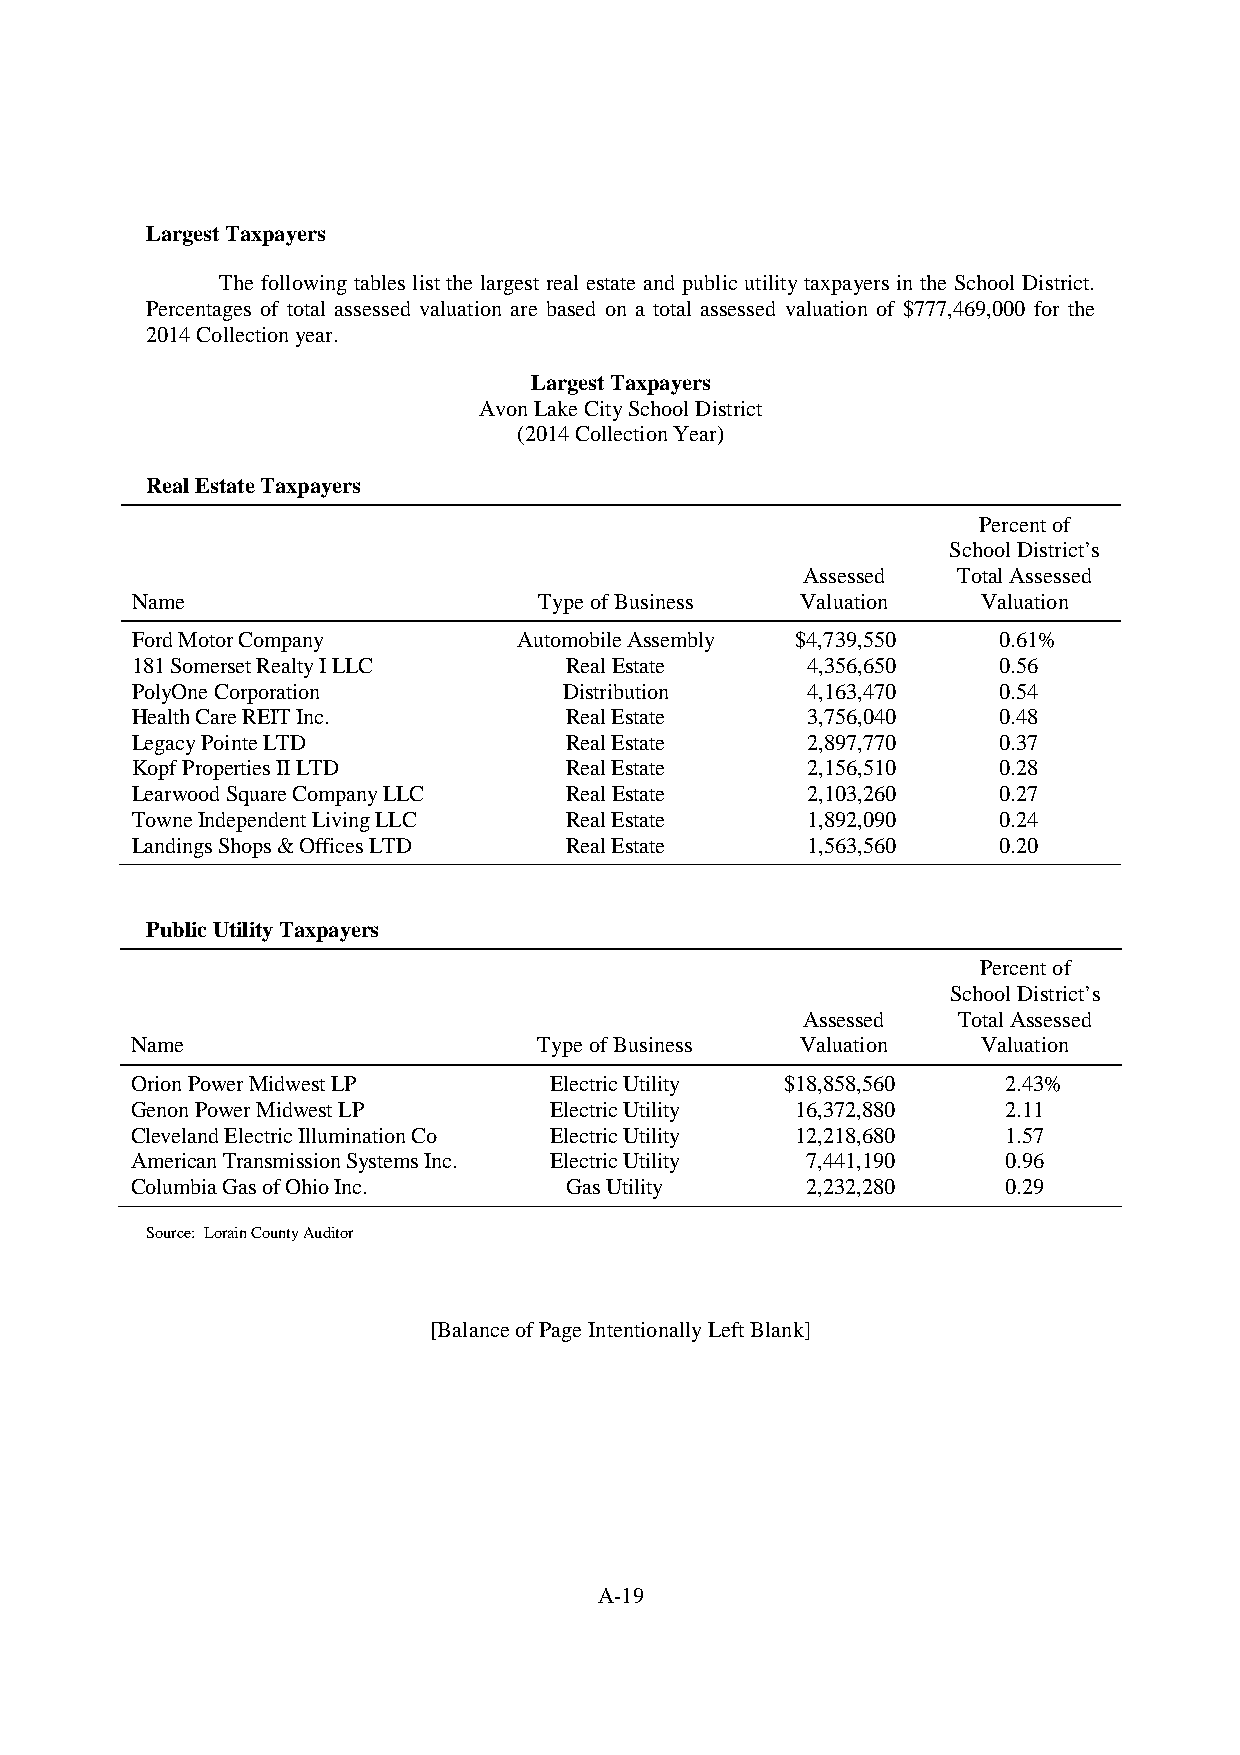
LargestTaxpayers
 The following tables list the largest real estate and public utilitytaxpayers in the School District.
 Percentages of total assessed valuation are based on a total assessed valuation of $777,469,000 for the
 2014Collectionyear.
 LargestTaxpayers
 AvonLakeCitySchoolDistrict
 (2014CollectionYear)
 RealEstateTaxpayers
 Percentof
 SchoolDistrict’s
 Assessed  TotalAssessed
 Name                       TypeofBusiness   Valuation   Valuation
 FordMotorCompany         AutomobileAssembly $4,739,550   0.61%
 181SomersetRealtyILLC       RealEstate      4,356,650    0.56
 PolyOneCorporation          Distribution    4,163,470    0.54
 HealthCareREITInc.          RealEstate      3,756,040    0.48
 LegacyPointeLTD             RealEstate      2,897,770    0.37
 KopfPropertiesIILTD         RealEstate      2,156,510    0.28
 LearwoodSquareCompanyLLC    RealEstate      2,103,260    0.27
 TowneIndependentLivingLLC   RealEstate      1,892,090    0.24
 LandingsShops&OfficesLTD    RealEstate      1,563,560    0.20
 PublicUtilityTaxpayers
 Percentof
 SchoolDistrict’s
 Assessed  TotalAssessed
 Name                       TypeofBusiness   Valuation   Valuation
 OrionPowerMidwestLP        ElectricUtility $18,858,560   2.43%
 GenonPowerMidwestLP        ElectricUtility  16,372,880   2.11
 ClevelandElectricIlluminationCo ElectricUtility 12,218,680 1.57
 AmericanTransmissionSystemsInc. ElectricUtility 7,441,190 0.96
 ColumbiaGasofOhioInc.       GasUtility      2,232,280    0.29
 Source: LorainCountyAuditor
 [BalanceofPageIntentionallyLeftBlank]
 A-19